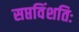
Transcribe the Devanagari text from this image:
सप्तविंशतिः